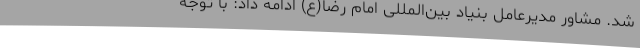
شد. مشاور مدیرعامل بنیاد بین‌المللی امام رضا(ع) ادامه داد: با توجه